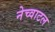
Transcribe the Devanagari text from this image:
नेच्वाटल